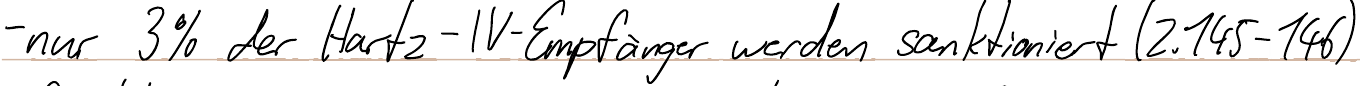
- nur 3% der Hartz-IV-Empfänger werden sanktioniert (Z.145-146)